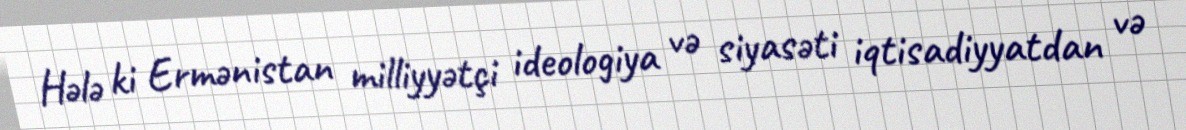
Hələ ki Ermənistan milliyyətçi ideologiya və siyasəti iqtisadiyyatdan və